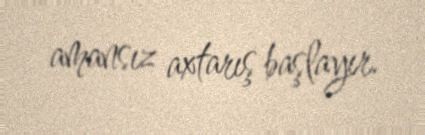
amansız axtarış başlayır.